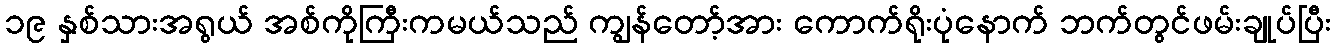
၁၉ နှစ်သားအရွယ် အစ်ကိုကြီးကမယ်သည် ကျွန်တော့်အား ကောက်ရိုးပုံနောက် ဘက်တွင်ဖမ်းချုပ်ပြီး